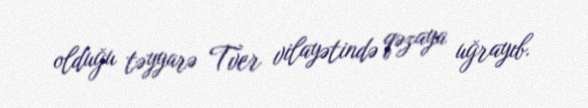
olduğu təyyarə Tver vilayətində qəzaya uğrayıb.